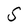
Character: S